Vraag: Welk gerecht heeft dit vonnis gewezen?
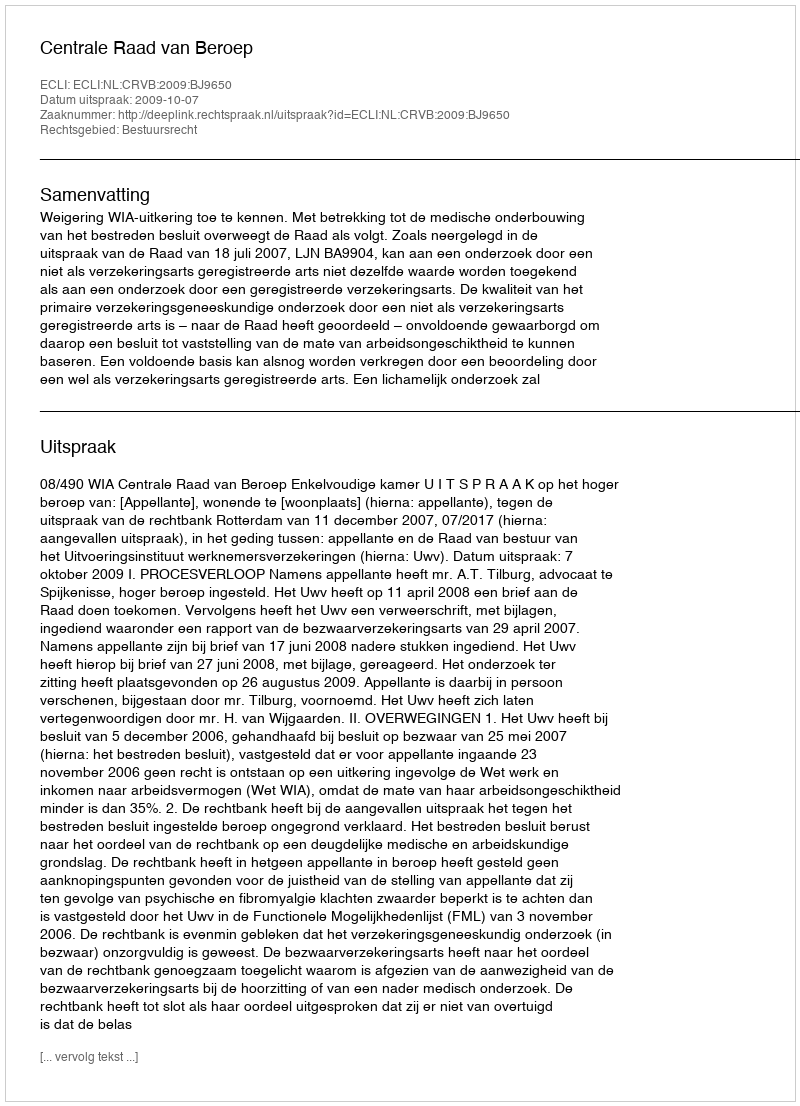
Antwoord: Centrale Raad van Beroep